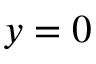
y = 0